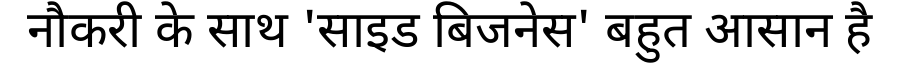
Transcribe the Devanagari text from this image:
नौकरी के साथ 'साइड बिजनेस' बहुत आसान है